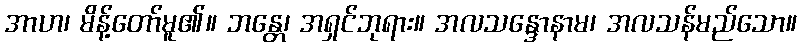
အာဟ၊ မိန့်တော်မူ၏။ ဘန္တေ၊ အရှင်ဘုရား။ အလသန္ဒောနာမ၊ အလသန်မည်သော။